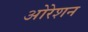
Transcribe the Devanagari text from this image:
ओरेशन